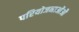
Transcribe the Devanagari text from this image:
परियोजनाओंऔ